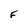
Character: F